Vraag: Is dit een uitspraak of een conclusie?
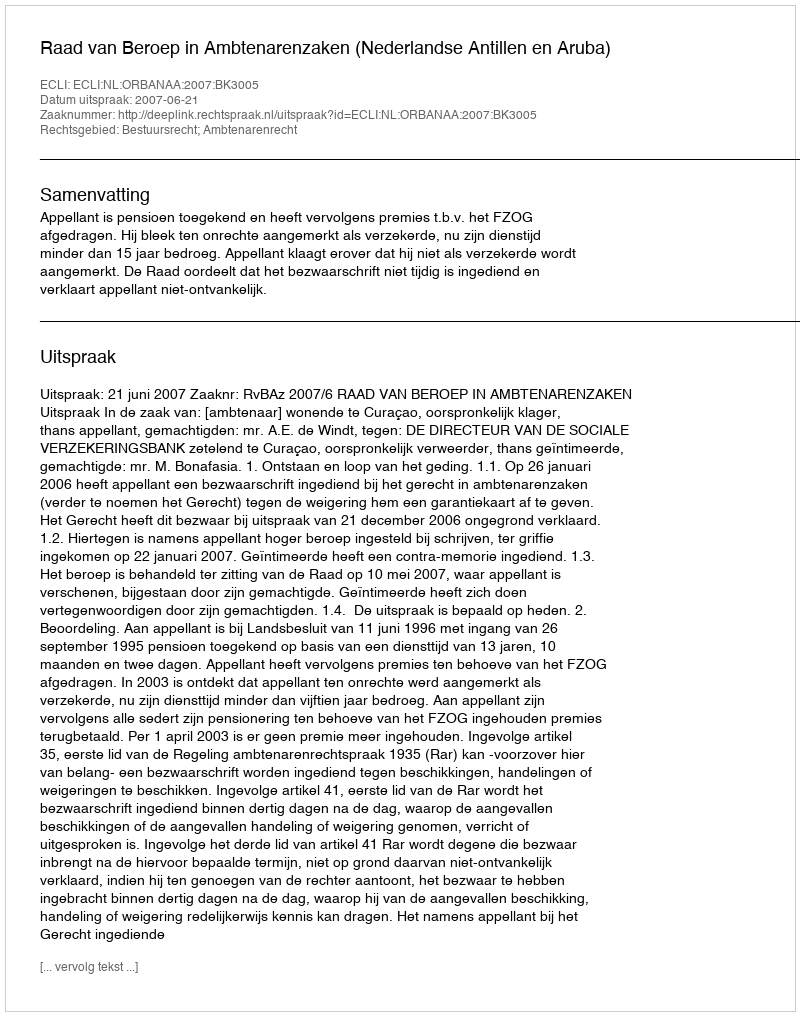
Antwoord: Uitspraak